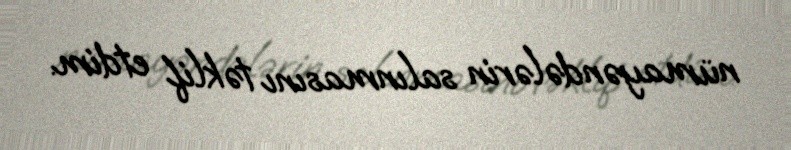
nümayəndələrin salınmasını təklif etdim.